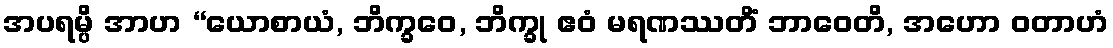
အပရမ္ပိ အာဟ “ယောစာယံ, ဘိက္ခဝေ, ဘိက္ခု ဧဝံ မရဏဿတိံ ဘာဝေတိ, အဟော ဝတာဟံ